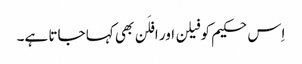
اِس حکیم کو فیلن اور افلَن بھی کہا جاتا ہے۔